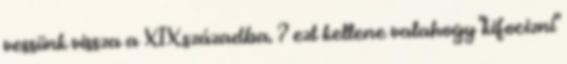
vessünk vissza a XIX.századba. ? ezt kellene valahogy "kifocizni"